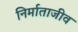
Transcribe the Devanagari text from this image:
निर्माताजीव